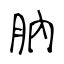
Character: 肭